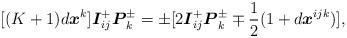
LaTeX: \begin{align*}\lbrack (K+1)d\boldsymbol{x}^{k}]\boldsymbol{I}_{ij}^{+}\boldsymbol{P}_{k}^{\pm }=\pm \lbrack 2\boldsymbol{I}_{ij}^{+}\boldsymbol{P}_{k}^{\pm }\mp \frac{1}{2}(1+d\boldsymbol{x}^{ijk})], \end{align*}